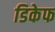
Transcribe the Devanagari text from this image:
डिकेफ